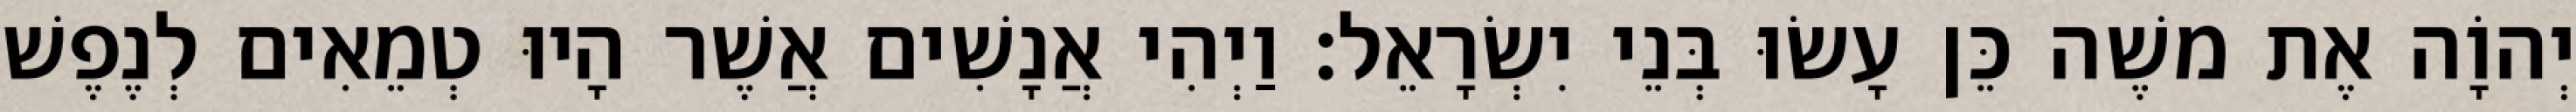
יְהוָֹה אֶת משֶׁה כֵּן עָשׂוּ בְּנֵי יִשְׂרָאֵל׃ וַיְהִי אֲנָשִׁים אֲשֶׁר הָיוּ טְמֵאִים לְנֶפֶשׁ